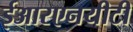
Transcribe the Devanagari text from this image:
ईआरएनयीटी